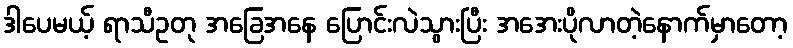
ဒါပေမယ့် ရာသီဥတု အခြေအနေ ပြောင်းလဲသွားပြီး အအေးပိုလာတဲ့နောက်မှာတော့